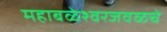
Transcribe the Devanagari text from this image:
महाबळेश्वरजवळचे